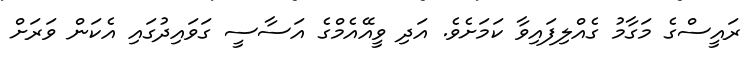
ރައީސްގެ މަގާމު ގެއްލިފައިވާ ކަމަށެވެ. އަދި ވީއޭއެމްގެ އަސާސީ ގަވައިދުގައި އެކަން ވަރަށް